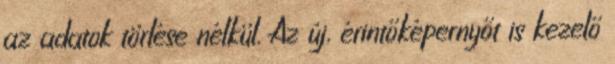
az adatok törlése nélkül. Az új, érintőképernyőt is kezelő